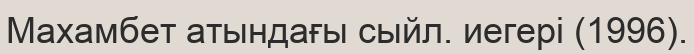
Махамбет атындағы сыйл. иегері (1996).